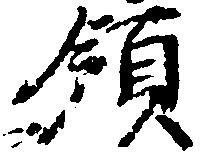
領